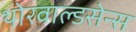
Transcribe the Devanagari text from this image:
थोरवाल्डसेन्स